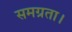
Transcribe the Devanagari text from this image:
समग्रता।